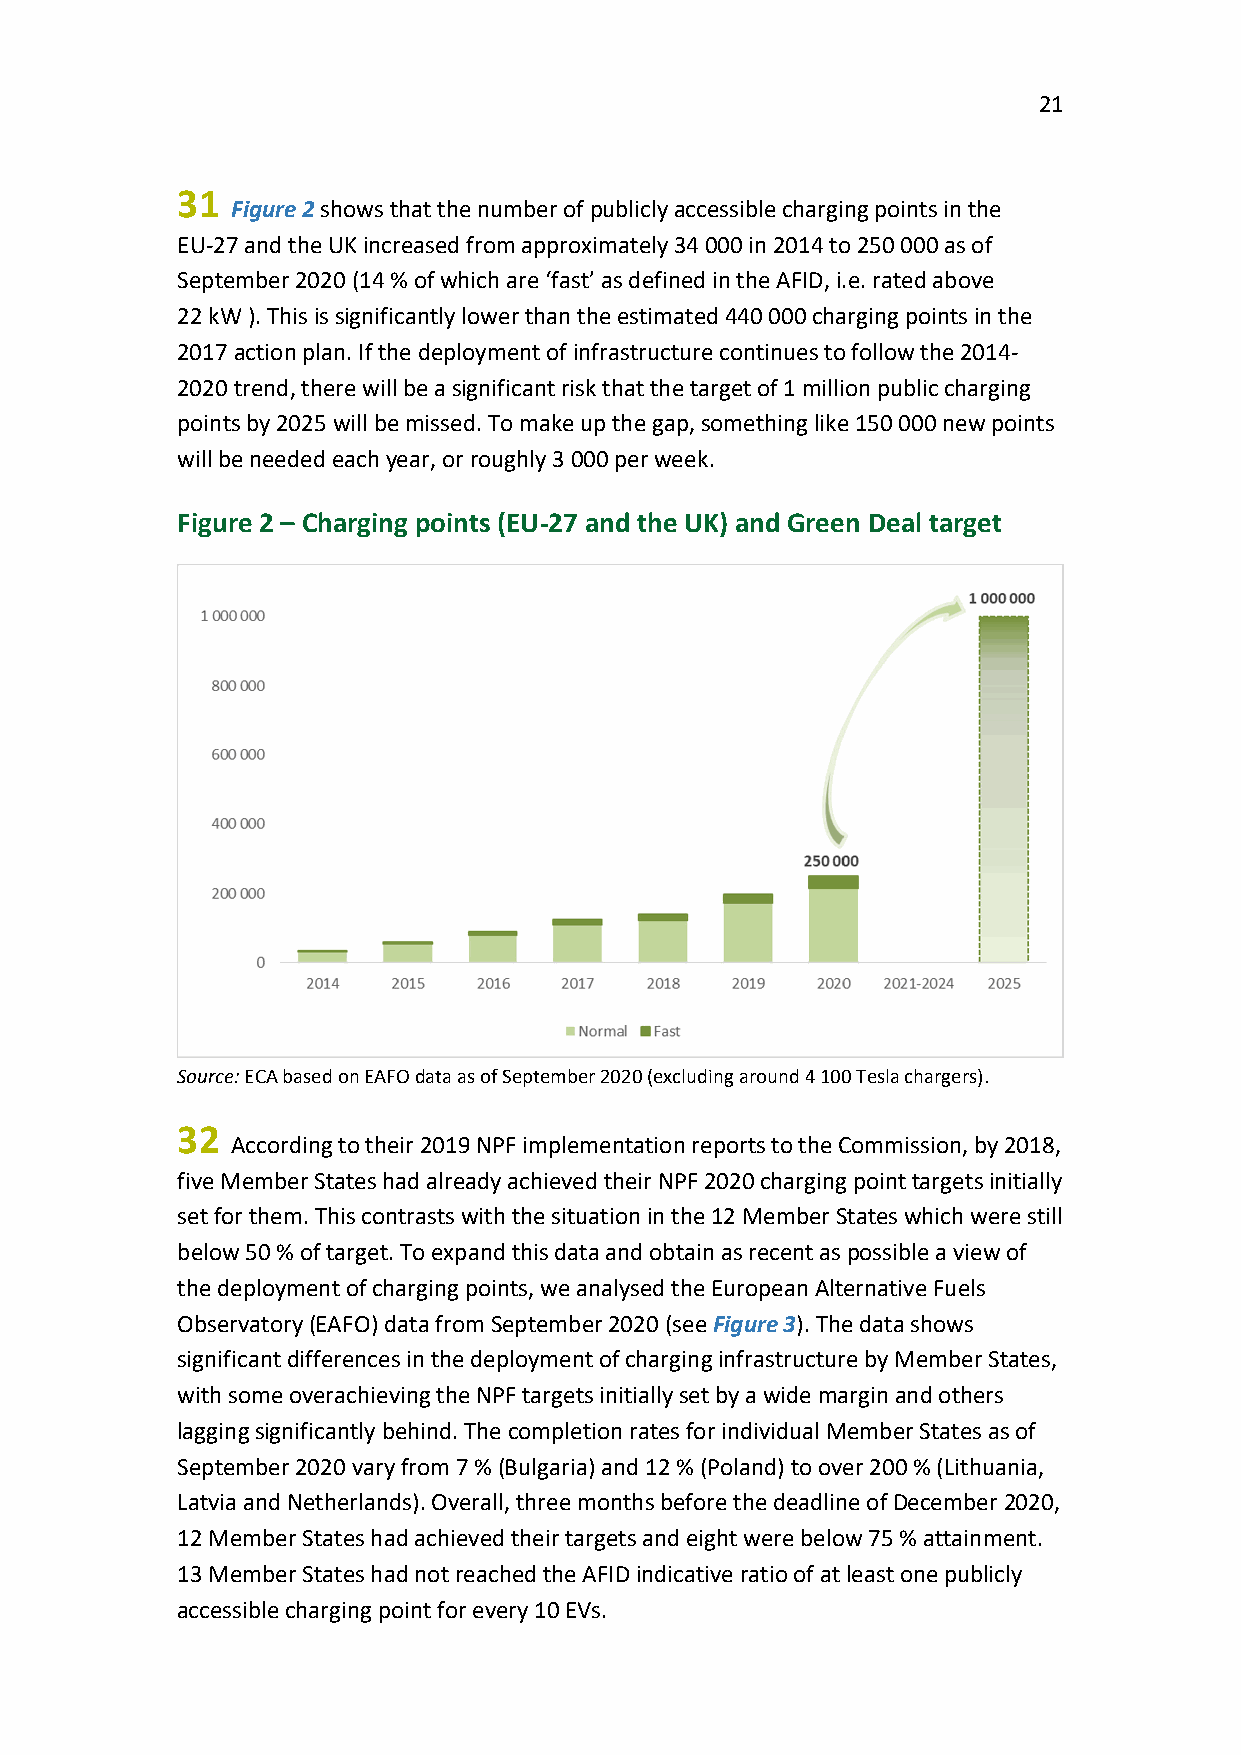
21
 31
 Figure 2 shows that the number of publicly accessible charging points in the
 EU‐27 and the UK increased from approximately 34 000 in 2014 to 250 000 as of
 September 2020 (14 % of which are ‘fast’ as defined in the AFID, i.e. rated above
 22 kW ). This is significantly lower than the estimated 440 000 charging points in the
 2017 action plan. If the deployment of infrastructure continues to follow the 2014‐
 2020 trend, there will be a significant risk that the target of 1 million public charging
 points by 2025 will be missed. To make up the gap, something like 150 000 new points
 will be needed each year, or roughly 3 000 per week.
 Figure 2 – Charging points (EU‐27 and the UK) and Green Deal target
 Source: ECA based on EAFO data as of September 2020 (excluding around 4 100 Tesla chargers).
 32
 According to their 2019 NPF implementation reports to the Commission, by 2018,
 five Member States had already achieved their NPF 2020 charging point targets initially
 set for them. This contrasts with the situation in the 12 Member States which were still
 below 50 % of target. To expand this data and obtain as recent as possible a view of
 the deployment of charging points, we analysed the European Alternative Fuels
 Observatory (EAFO) data from September 2020 (see Figure 3). The data shows
 significant differences in the deployment of charging infrastructure by Member States,
 with some overachieving the NPF targets initially set by a wide margin and others
 lagging significantly behind. The completion rates for individual Member States as of
 September 2020 vary from 7 % (Bulgaria) and 12 % (Poland) to over 200 % (Lithuania,
 Latvia and Netherlands). Overall, three months before the deadline of December 2020,
 12 Member States had achieved their targets and eight were below 75 % attainment.
 13 Member States had not reached the AFID indicative ratio of at least one publicly
 accessible charging point for every 10 EVs.